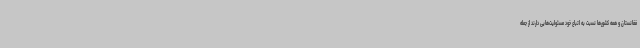
فغانستان و همه کشورها نسبت به اتباع خود مسئولیت‌هایی دارند از جمله